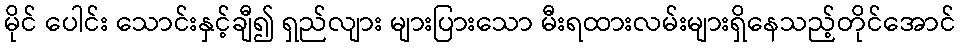
မိုင် ပေါင်း သောင်းနှင့်ချီ၍ ရှည်လျား များပြားသော မီးရထားလမ်းများရှိနေသည့်တိုင်အောင်